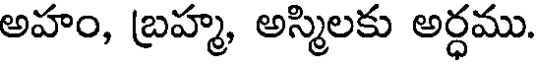
అహం, బ్రహ్మ, అస్మిలకు అర్ధము.